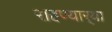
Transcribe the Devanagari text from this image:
राहण्यार्‍या